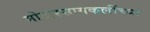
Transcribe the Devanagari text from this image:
मोटारसायकलींच्या